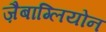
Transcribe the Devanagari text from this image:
ज़ैबाग्लियोन